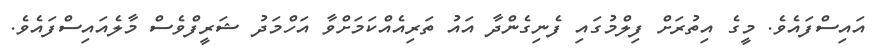
އައިސްފައެވެ. މީގެ އިތުރަށް ފިލްމުގައި ފެނިގެންދާ އައު ތަރިއެއްކަމަށްވާ އަހްމަދު ޝަރީފްވެސް މާލެއައިސްފައެވެ.